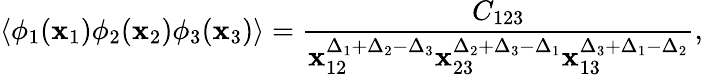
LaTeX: \langle\phi_{1}(\mathbf{x}_{1})\phi_{2}(\mathbf{x}_{2})\phi_{3}(\mathbf{x}_{3})\rangle=\frac{{C_{123}}}{{\mathbf{x}_{12}^{\Delta_{1}+\Delta_{2}-\Delta_{3}}\mathbf{x}_{23}^{\Delta_{2}+\Delta_{3}-\Delta_{1}}\mathbf{x}_{13}^{\Delta_{3}+\Delta_{1}-\Delta_{2}}}},